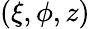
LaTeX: (\xi,\phi,z)